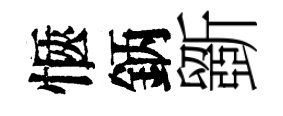
愜鈵斵